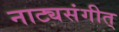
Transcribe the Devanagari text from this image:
नाट्यसंगीत्